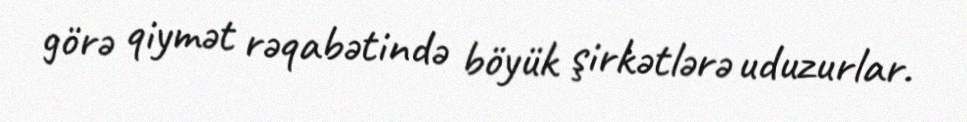
görə qiymət rəqabətində böyük şirkətlərə uduzurlar.